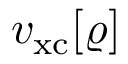
v _ { \mathrm { x c } } [ \varrho ]